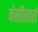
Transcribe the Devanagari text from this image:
वंसीतार्त